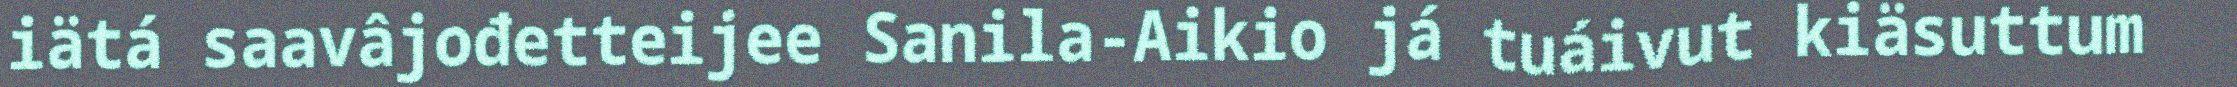
iätá saavâjođetteijee Sanila-Aikio já tuáivut kiäsuttum